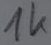
Text: 1k